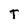
Character: T